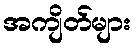
အကျိတ်များ